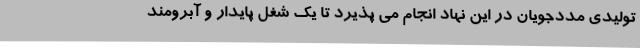
تولیدی مددجویان در این نهاد انجام می پذیرد تا یک شغل پایدار و آبرومند